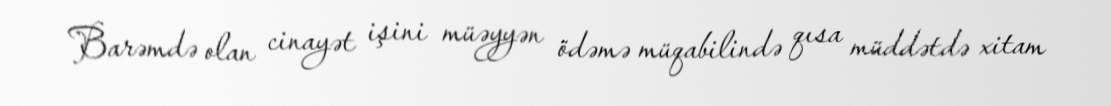
Barəmdə olan cinayət işini müəyyən ödəmə müqabilində qısa müddətdə xitam